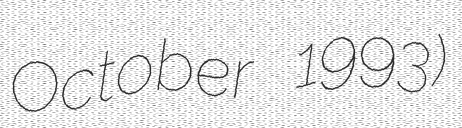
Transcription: October 1993)